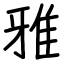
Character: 雅